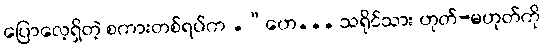
ပြောလေ့ရှိတဲ့ စကားတစ်ရပ်က .“ဟေ... သရိုင်သား ဟုတ်-မဟုတ်ကို